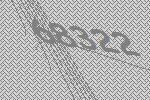
68322